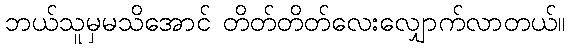
ဘယ်သူမှမသိအောင် တိတ်တိတ်လေးလျှောက်လာတယ်။